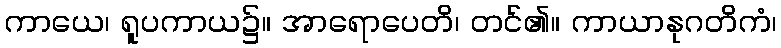
ကာယေ၊ ရူပကာယ၌။ အာရောပေတိ၊ တင်၏။ ကာယာနုဂတိကံ၊